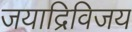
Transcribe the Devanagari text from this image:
जयाद्रिविजय